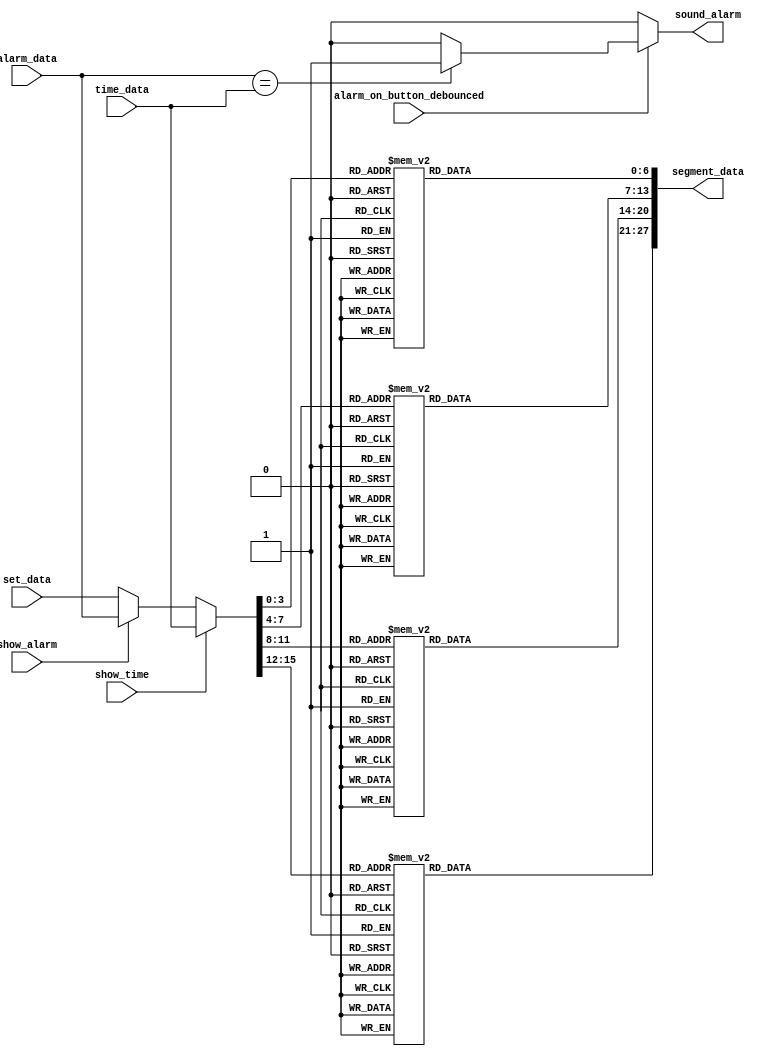
`timescale 1ns / 1ps
//////////////////////////////////////////////////////////////////////////////////
// Company: 
// Engineer: 
// 
// Design Name: 
// Module Name:    display_driver 
// Project Name: 
// Target Devices: 
// Tool versions: 
// Description: 
//
// Dependencies: 
//
// Revision: 
// Revision 0.01 - File Created
// Additional Comments: 
//
//////////////////////////////////////////////////////////////////////////////////
module display_driver(
    input [15:0] alarm_data,
	 input [15:0] time_data,
	 input [15:0] set_data,
	 input show_alarm , show_time ,alarm_on_button_debounced,
	 output reg sound_alarm,
	 output reg [27:0] segment_data
	 );
	 
	 reg [15:0] display_data;

//DATA TO BE DISPLAYED IS DECIDED	 
always@(alarm_data , show_alarm , time_data , show_time , set_data)
	begin
		if(show_time)
			display_data = time_data;
		else if(show_alarm)
			display_data = alarm_data;
		else
			display_data = set_data;
	end

//SETTING THE SOUND ON/OFF DEPENDING ON ALARM BUTTON	
always@(alarm_on_button_debounced , alarm_data , time_data)
	begin
		if(alarm_on_button_debounced)
			sound_alarm = (alarm_data == time_data) ? 1'b1 : 1'b0;
		else
			sound_alarm = 1'b0;
	end

//CONVERTING THE 16 BIT DATA (HR:MN 4X4 BITS) TO 28 BITS DATA (7*4 BITS(HR:MN 7 BITS EACH)) FOR THE SEVEN SEGMENT DISPLAY
//FUNCTION TO CONVERT IT
function [6:0] convert_to_7segement;
input [3:0] display_data_in;
	case(display_data_in)
				4'd0 : convert_to_7segement = 7'b0000001;
				4'd1 : convert_to_7segement = 7'b1001111;
				4'd2 : convert_to_7segement = 7'b0010010;
				4'd3 : convert_to_7segement = 7'b0000110;
				4'd4 : convert_to_7segement = 7'b1001100;
				4'd5 : convert_to_7segement = 7'b0100100;
				4'd6 : convert_to_7segement = 7'b1100000;
				4'd7 : convert_to_7segement = 7'b0001111;
				4'd8 : convert_to_7segement = 7'b0000000;
				4'd9 : convert_to_7segement = 7'b0001100;
				default : convert_to_7segement = 7'b1111111;
	endcase
endfunction

//CONVERTING DATA IN 28 BITS FOR 7SEGEMNT
always@(display_data)
	begin
		segment_data[6:0] = convert_to_7segement(display_data[3:0]);
		segment_data[13:7] = convert_to_7segement(display_data[7:4]);
		segment_data[20:14] = convert_to_7segement(display_data[11:8]);
		segment_data[27:21] = convert_to_7segement(display_data[15:12]);
	end

endmodule